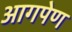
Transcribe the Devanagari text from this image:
आगपेण